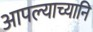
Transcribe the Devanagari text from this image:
आपल्याच्यानि